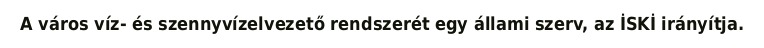
A város víz- és szennyvízelvezető rendszerét egy állami szerv, az İSKİ irányítja.